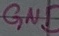
Text: GND